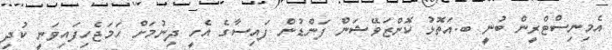
އެމިނިސްޓްރީން ބުނީ ބ.އަތޮޅު ކޮންޒަވޭޝަން ފަންޑުން ފައިސާގެ އެހީ ދިނުމަށް ހަމަޖެހިފައިވަނީ ކުދި